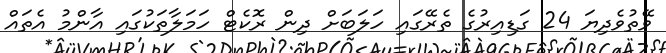
ވޭތުވެދިޔަ 24 ގަޑިއިރުގެ ތެރޭގައި ހަލަބަށް ދިން ރޮކެޓް ހަމަލާތަކުގައި އާންމު އެތައް